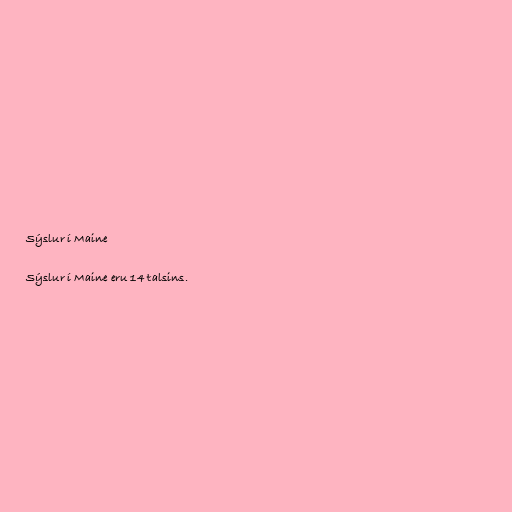
Sýslur í Maine

Sýslur í Maine eru 14 talsins.